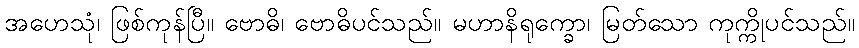
အဟေသုံ၊ ဖြစ်ကုန်ပြီ။ ဗောဓိ၊ ဗောဓိပင်သည်။ မဟာနိရုက္ခော၊ မြတ်သော ကုက္ကိုပင်သည်။